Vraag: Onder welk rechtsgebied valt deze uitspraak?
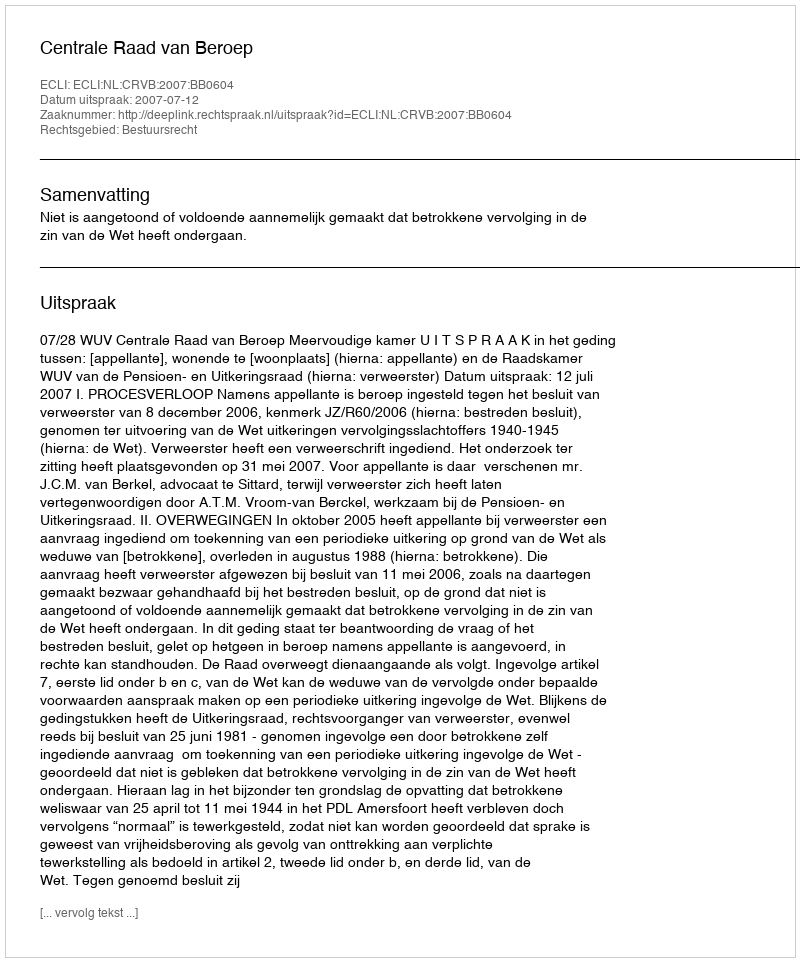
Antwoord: Bestuursrecht